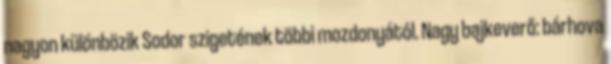
nagyon különbözik Sodor szigetének többi mozdonyától. Nagy bajkeverő: bárhova